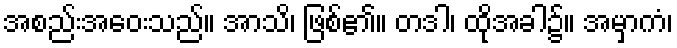
အစည်းအဝေးသည်။ အာသိ၊ ဖြစ်၏။ တဒါ၊ ထိုအခါ၌။ အမှာကံ၊